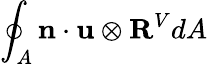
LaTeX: \oint_{A}\mathbf{n}\cdot\mathbf{u}\otimes\mathbf{R}^{V}dA